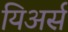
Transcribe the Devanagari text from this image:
यिअर्स